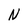
Character: N